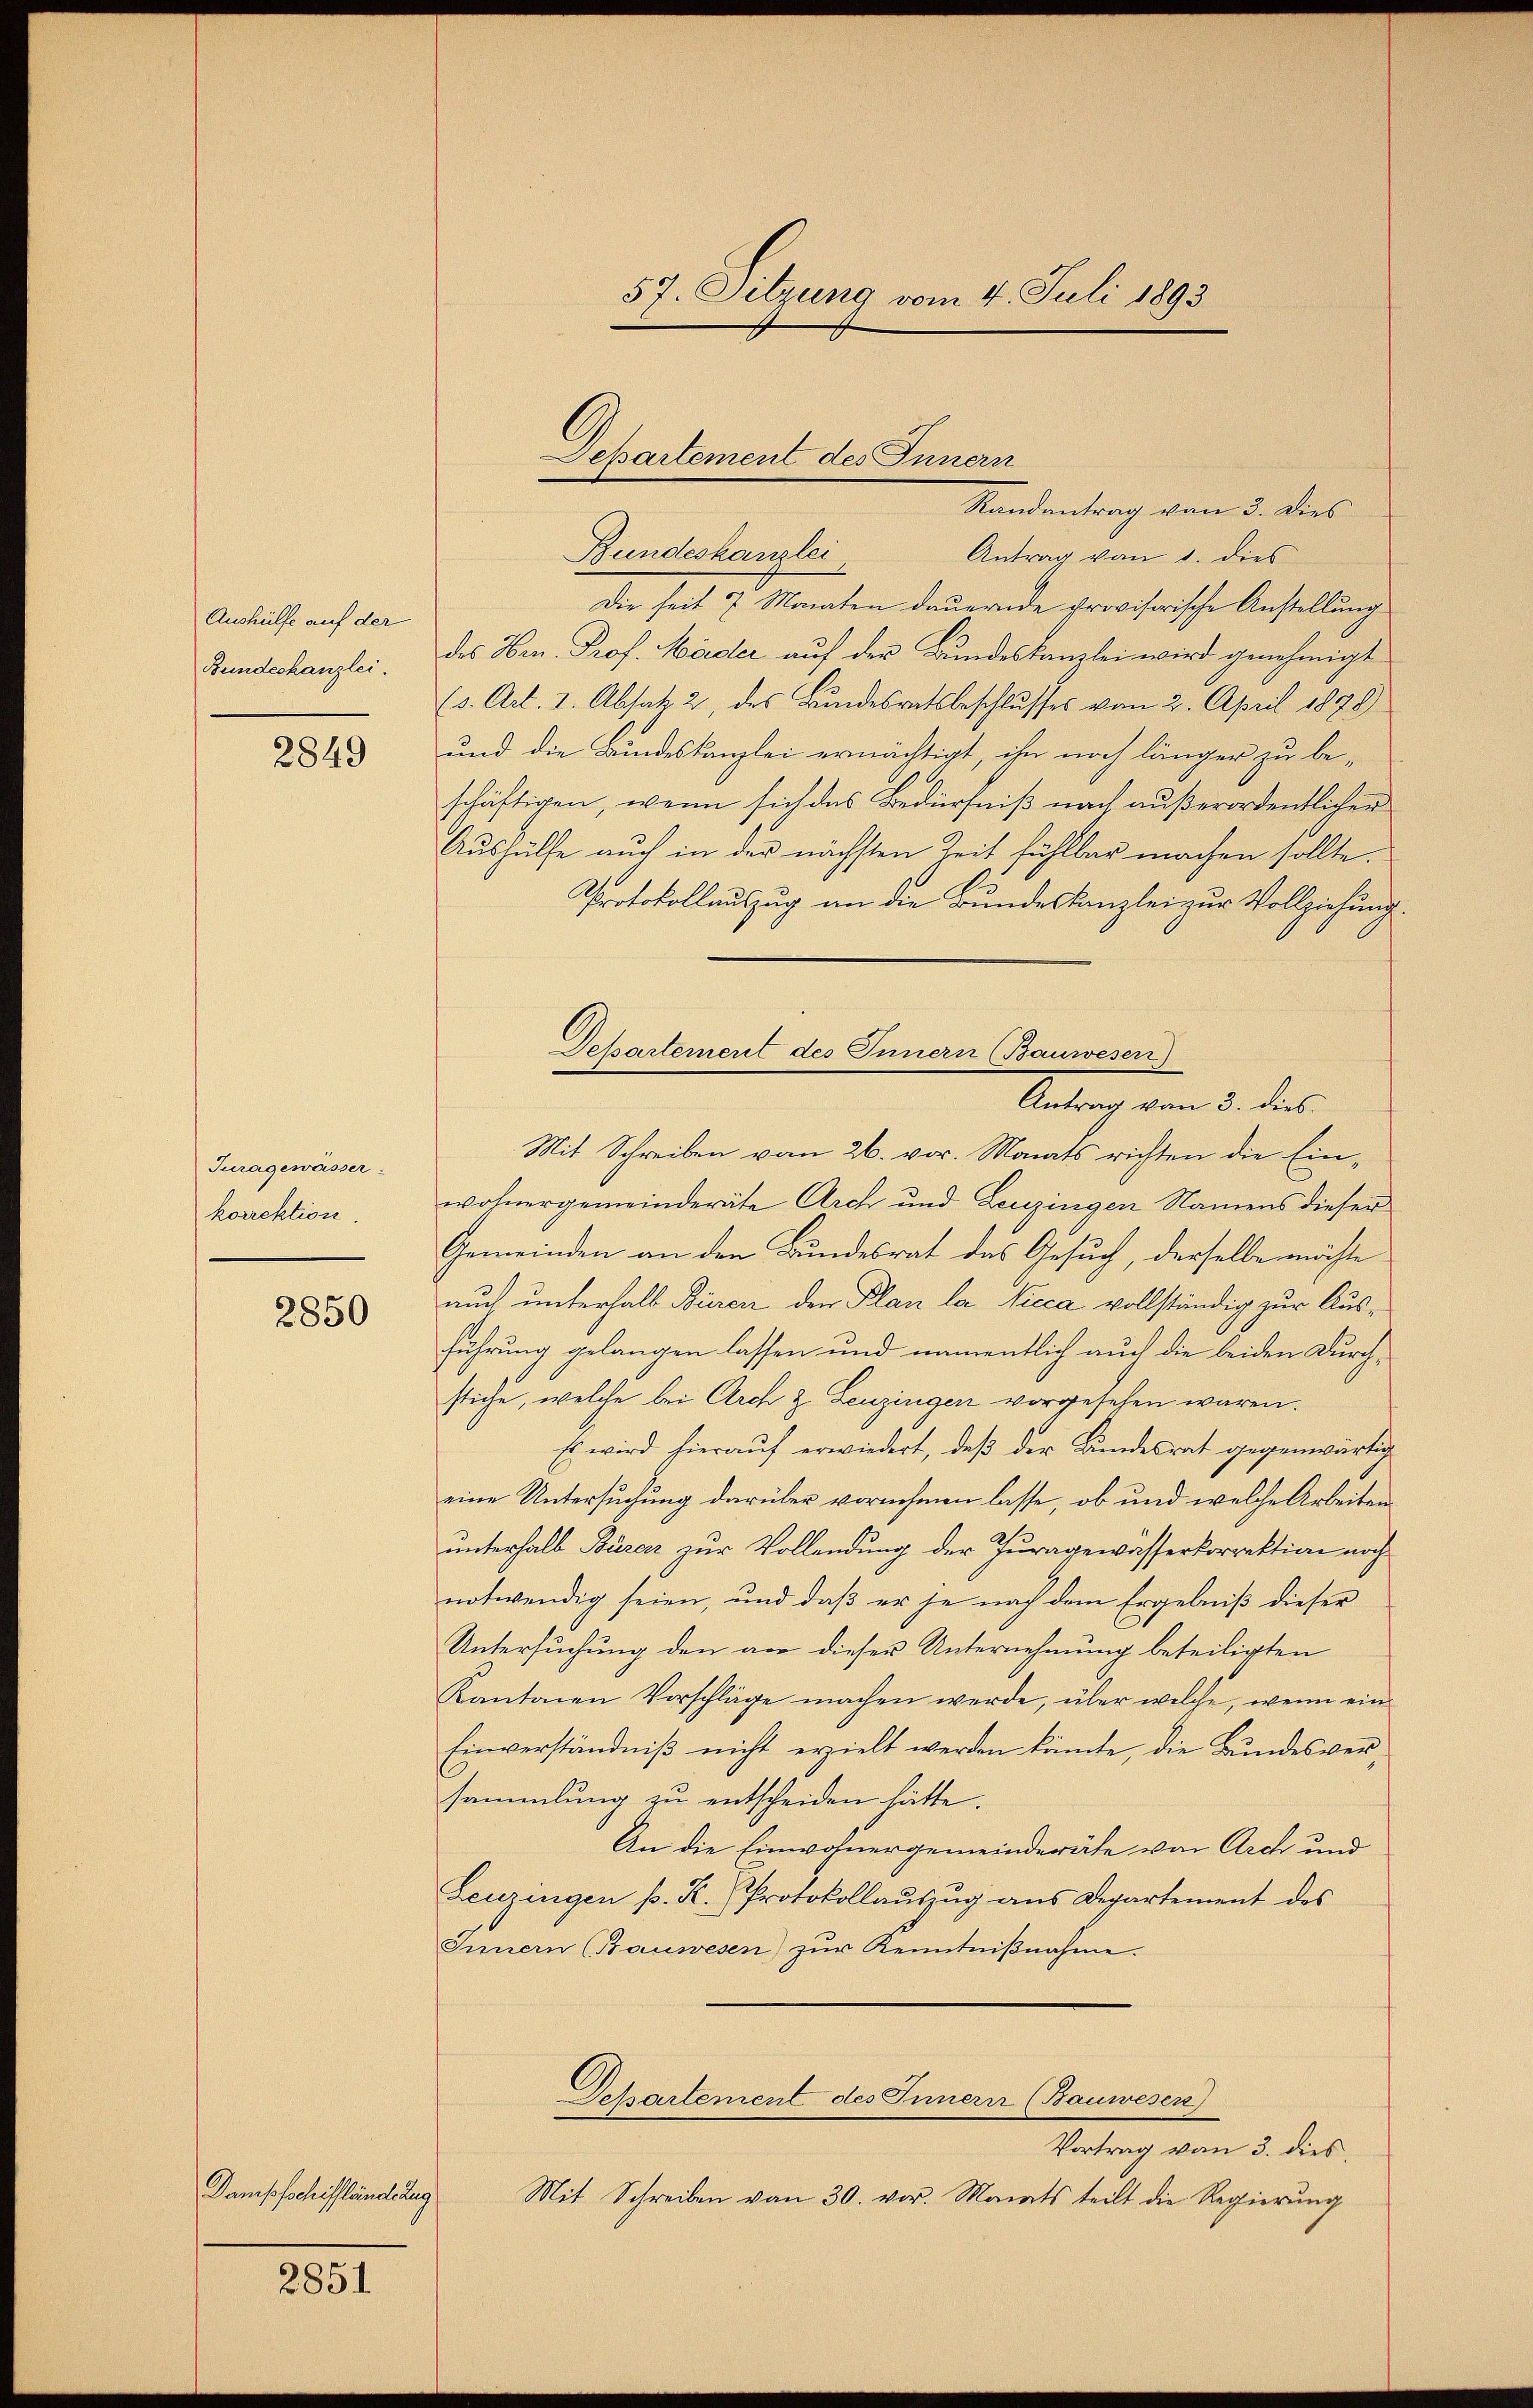
Aushülfe auf der
Bundeskanzlei.

2849

Jurageweisser
korrektion.

2850

Dampfschiffländerung

2851

57. Sitzung vom 4. Juli 1893

Randentrag von 3. dies
Bundeskanzlei
Antrag von 1. dies
Die seit 7 Monaten dauernde provisorische Anstellung
des Hrn. Prof. Häder auf der Bundeskanzlei wird genehmigt
(3. Art. 2. Absak 2, des Bundesratsbeschlusses vom 2. April 1878
und die Bundeskanzlei ermächtigt, ihn noch länger zu be-
schäftigen, wenn sich das Bedürfniß nach außerordentlicher
Aushülfe auch in der nächsten Zeit fühlbar machen sollte.
Protokollauszug an die Bundeskanzlei zur Vollziehung.
Antrag von 3. dies
Mit Schreiben vom 26. vor. Monats richten die Einwohnergemeinderäte Arch und Leuzingen Namens dieser
Gemeinden an den Bundesrat des Gesuch, derselben möchte
auch unterhalb Buren den Plan la Picca vollständig zur Ausführung gelangen lassen und namentlich auch die beiden Durchstiche, welche bei Arch z. Leuzingen vorgesehen wären.
Es wird hieraŭf erwiedert, daβ der Bundesrat gegenwärtig
eine Untersuchung darüber vornehmen lasse, ob und welche Arbeiten
unterhalb Biraz zur Vollendung der Juragewässerkorrektion noch
notwendig seien, und daß er je nach dem Ergebniß dieser
Untersuchung den vor dieser Unternehmung beteiligten
Kantonen Vorschläge machen werde, über welche, wenn ein
Einverständniß nicht erzielt werden könnte, die Bundesversammlung zu entscheiden hätte.
An die Einwohnergemeinderäte von Arch und
Leuzingen p. K. Protokollaŭszŭg ans Departement des
Innern (Bauwesen) zŭr Kenntniβnahme.
Departement des Innern (Bauwesen)
Vortrag von 3. dies
Mit Schreiben von 30. vor. Monats teilt die Regierung

Dchartement des Innan

Departement des Innern (Bauwesen)